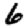
Digit: 6